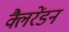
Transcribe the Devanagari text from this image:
क्लैरेंडन